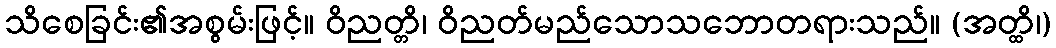
သိစေခြင်း၏အစွမ်းဖြင့်။ ဝိညတ္တိ၊ ဝိညတ်မည်သောသဘောတရားသည်။ (အတ္ထိ၊)